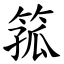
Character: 箛